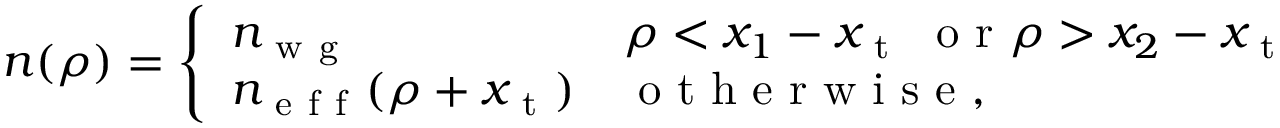
n ( \rho ) = \left\{ \begin{array} { l l } { n _ { \mathrm { ~ w ~ g ~ } } \qquad } & { \rho < x _ { 1 } - x _ { \mathrm { ~ t ~ } } \; \mathrm { ~ o ~ r ~ } \rho > x _ { 2 } - x _ { \mathrm { ~ t ~ } } } \\ { n _ { \mathrm { ~ e ~ f ~ f ~ } } ( \rho + x _ { \mathrm { ~ t ~ } } ) } & { \mathrm { ~ o ~ t ~ h ~ e ~ r ~ w ~ i ~ s ~ e ~ } , } \end{array} \right.